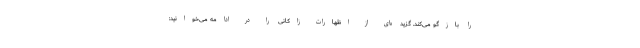
را بازگو می‌کند. گزیده‌ای از اظهارات زاکانی را در ادامه می‌خوانید: